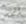
أليس